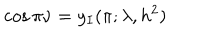
\cos \pi \nu = y _ { I } ( \pi ; \lambda , h ^ { 2 } )